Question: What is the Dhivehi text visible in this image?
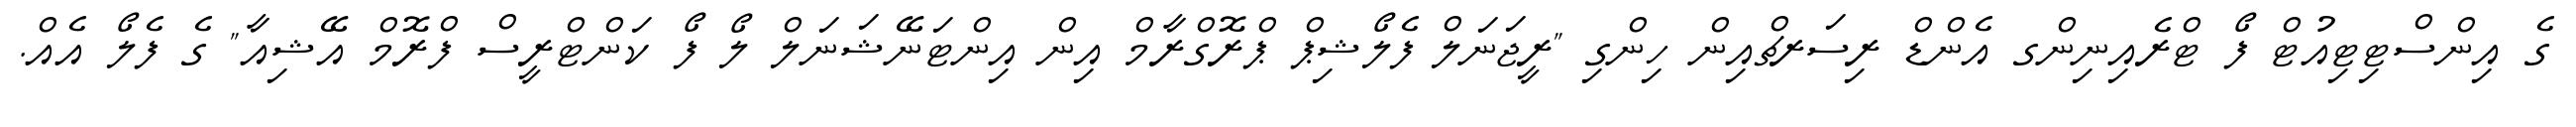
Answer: ގެ އިންސްޓިޓިއުޓް ފޯ ޓްރެއިނިންގ އެންޑް ރިސަރޗްއިން ހިންގި "ރީޖަނަލް ފެލޯޝިޕް ޕްރޮގްރާމް އިން އިންޓަނޭޝަނަލް ލޯ ފޯ ކަންޓްރީސް ފްރޮމް އޭޝިއާ" ގެ ފެލޯ އެއް.